Indian journal of veterinary science and animal husbandry - Volumes 28-29, 1958-1959
Year: 1958
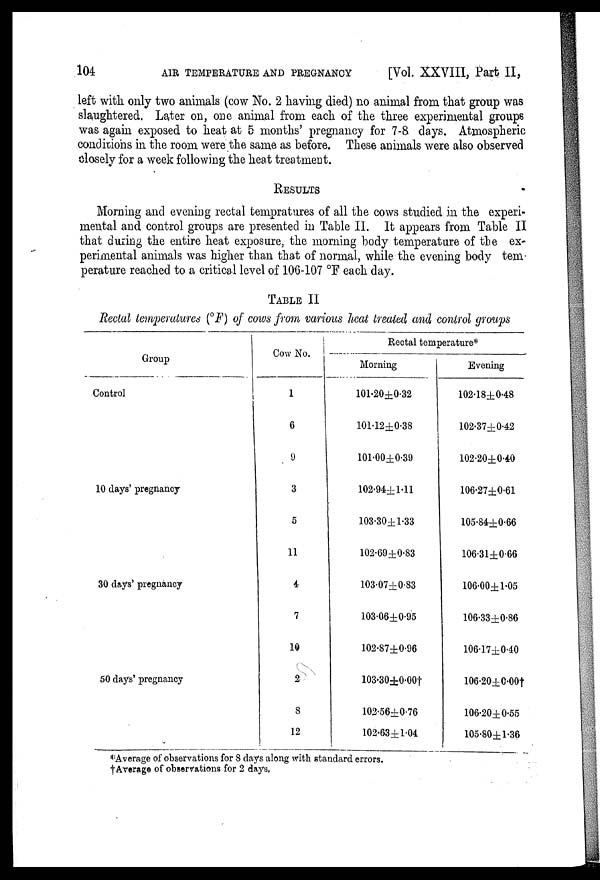
104
AIR TEMPERATURE AND PREGNANCY
[Vol. XXVIII, Part II,
left with only two animals (cow No. 2 having died) no animal from that group was
slaughtered. Later on, one animal from each of the three experimental groups
was again exposed to heat at 5 months' pregnancy for 7-8 days. Atmospheric
conditions in the room were the same as before. These animals were also observed
closely for a week following the heat treatment.
RESULTS
Morning and evening rectal tempratures of all the cows studied in the experi-
mental and control groups are presented in Table II. It appears from Table II
that during the entire heat exposure, the morning body temperature of the ex-
perimental animals was higher than that of normal, while the evening body tem-
perature reached to a critical level of 106-107 °F each day.
TABLE II
Rectal temperatures (°F) of cows from various heat treated and control groups
Group
Control
10 days' pregnancy
30 days' pregnancy
50 days' pregnancy
Cow No.
1
6
9
3
5
11
4
7
10
2
8
12
Rectal temperature*
Morning
101.20±0.32
101.12±0.38
101.00±0.39
102.94±1.11
103.30±1.33
102.69±0.83
103.07±0.83
103.06±0.95
102.87±0.96
103.30±0.00†
102.56±0.76
102.63±1.04
Evening
102.18±0.48
102.37±0.42
102.20±0.40
106.27±0.61
105.84±0.66
106.31±0.66
106.00±1.05
106.33±0.86
106.17±0.40
106.20±0.00†
106.20±0.55
105.80±1.36
*Average of observations for 8 days along with standard errors.
† Average of observations for 2 days.